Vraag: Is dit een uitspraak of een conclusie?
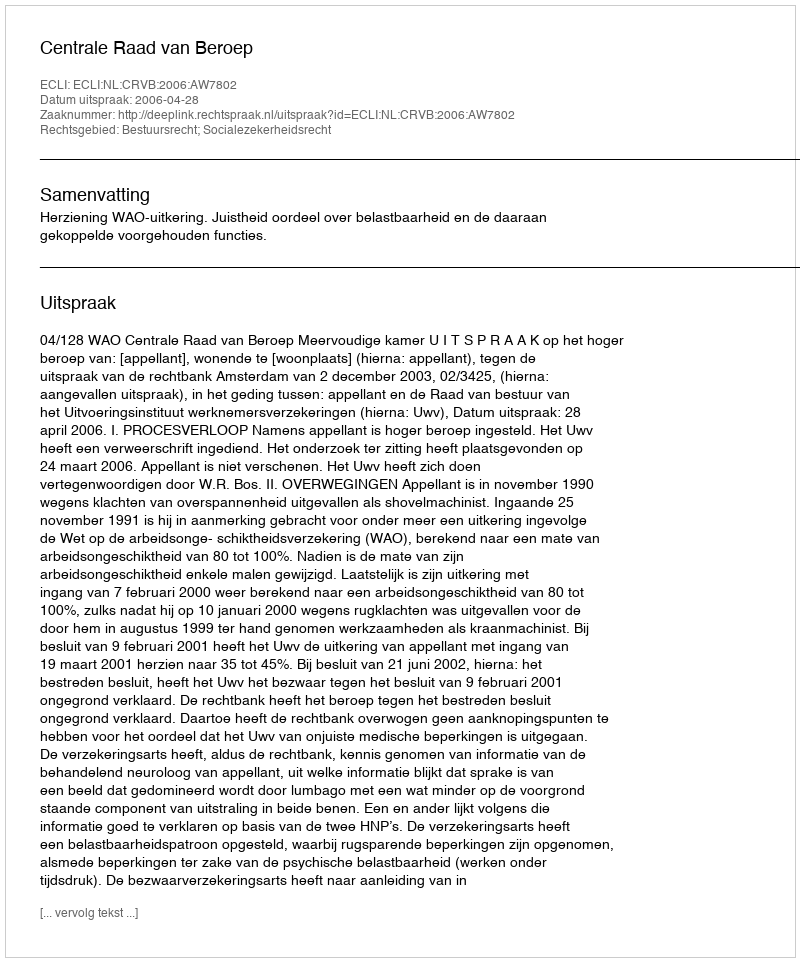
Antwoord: Uitspraak